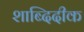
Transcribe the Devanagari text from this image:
शाब्दिदीक